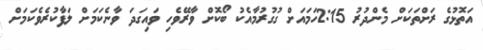
އަތޮޅުގެ ރަށްތަކަށް މެންދުރު 2:15ހަމައަށް ގުގުރުމާއެކު ބޯކޮށް ވާރޭވެހި ވައިގަދަ ވާނެކަމަށް ލަފާކުރެވެކަމަށް